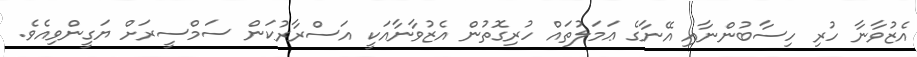
އެޒުވާނާ ހުރި ހިސާބުންނާއި އޭނާގެ ޢަމަލުތައް ހުރިގޮތުން އެޒުވާނާއަކީ އަސްރާރުކަން ސަމްސީރަށް ޔަގީންވިއެވެ.